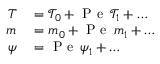
\begin{array} { r l } { T } & { { } = \mathcal { T } _ { 0 } + \mathrm { ~ P ~ e ~ } \, \mathcal { T } _ { 1 } + \ldots } \\ { m } & { { } = m _ { 0 } + \mathrm { ~ P ~ e ~ } \, m _ { 1 } + \ldots } \\ { \psi } & { { } = \mathrm { ~ P ~ e ~ } \, \psi _ { 1 } + \ldots } \end{array}